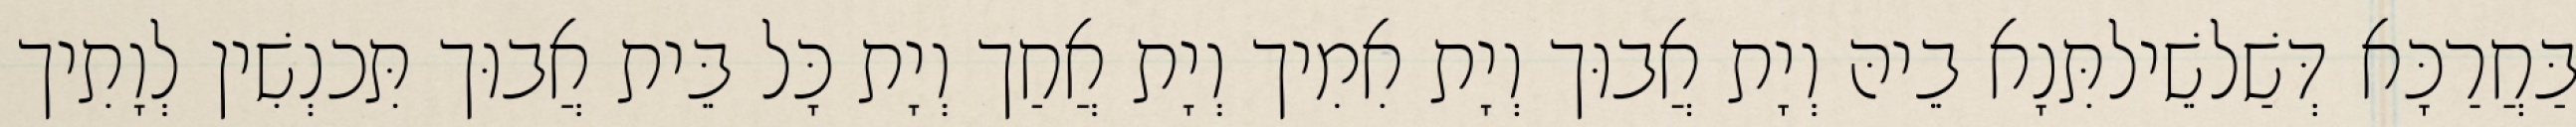
בַּחֲרַכָּא דְּשַׁלשֵׁילתִּנָא בֵיהּ וְיָת אֲבוּך וְיָת אִמִיך וְיָת אֲחַך וְיָת כָּל בֵּית אֲבוּך תִּכנְשִׁין לְוָתִיך